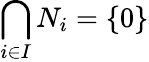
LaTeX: \bigcap_{i\in I}N_{i}=\{ 0\}